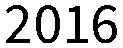
2016